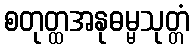
စတုတ္ထအနုဓမ္မသုတ္တံ